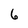
Character: 6